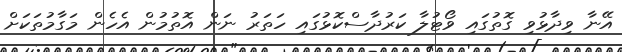
އޭނާ ވިދާޅުވި ގޮތުގައި ވޯޓުލާ ކަރުދާސްކޮޅުގައި ހަތަރު ނަން އޮތުމުން އެހެން މަގާމުތަކަށް